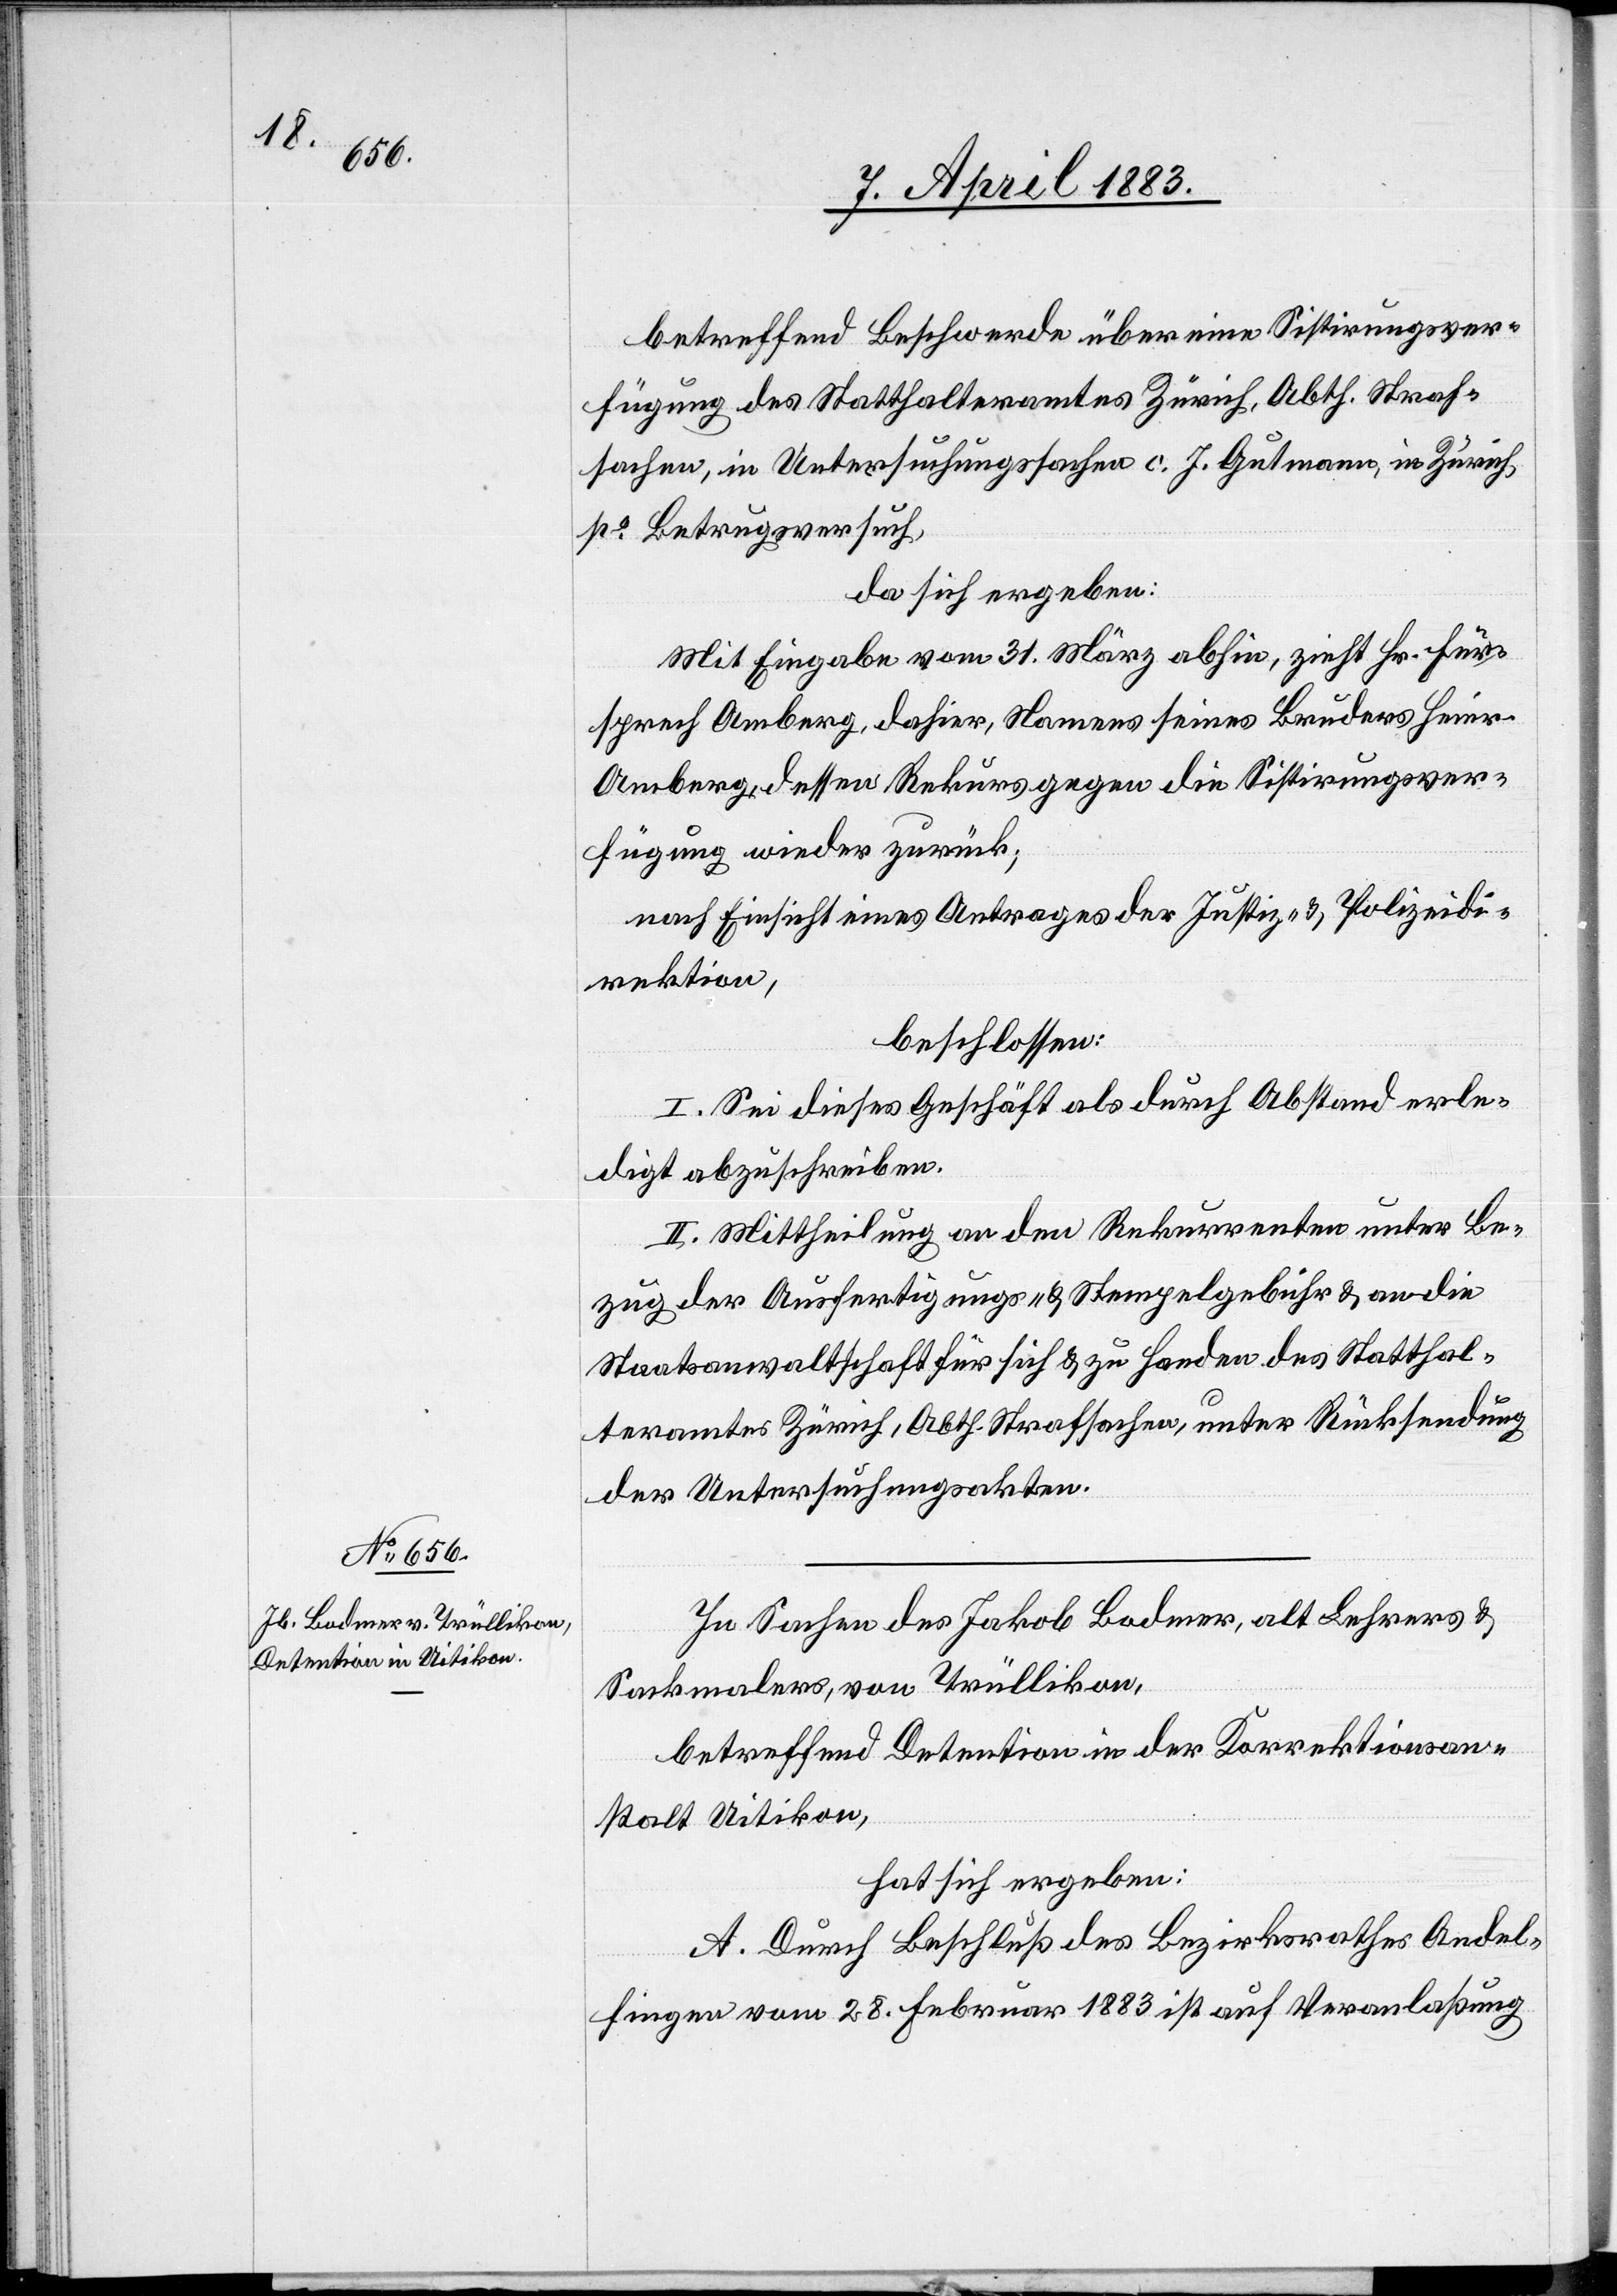
betreffend Beschwerde über eine Sistirungsver¬
fügung des Statthalteramtes Zürich, Abth. Straf¬
sachen, in Untersuchungssachen c. J. Gutmann, in Zürich
po Betrugsgesuch,
da sich ergeben:
Mit Eingabe vom 31. März abhin, zieht Hr. Für¬
sprech Amberg, dahier, Namens seines Bruders Heinr.
Amberg, dessen Rekurs gegen die Sistirungsver¬
fügung wieder zurück;
nach Einsicht eines Antrages der Justiz- & Polizeidi¬
rektion,
beschlossen:
I. Sei dieses Geschäft als durch Abstand erle¬
digt abzuschreiben.
II. Mittheilung an den Rekurrenten unter Be¬
zug der Ausfertigungs- und Stempelgebühr & an die
Staatsanwaltschaft für sich & zu Handen des Statthal¬
teramtes Zürich, Abth. Strafsachen, unter Rücksendung
der Untersuchungsakten.
In Sachen des Jakob Bodmer, alt Lehrers &
Sackmalers, von Trüllikon,
betreffend Detention in der Korrektionsan¬
stalt Uitikon,
hat sich ergeben:
A. Durch Beschluß des Bezirksrathes Andel¬
fingen vom 28. Februar 1883 ist auf Veranlaßung